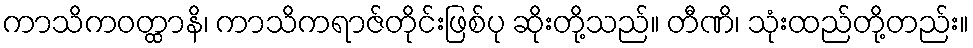
ကာသိကဝတ္ထာနိ၊ ကာသိကရာဇ်တိုင်းဖြစ်ပု ဆိုးတို့သည်။ တီဏိ၊ သုံးထည်တို့တည်း။